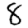
Digit: 8